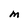
Character: M